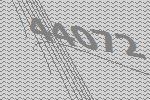
44072